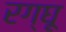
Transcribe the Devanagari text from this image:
रग्घू